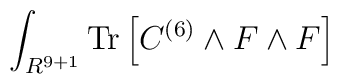
\int_{R^{9+1}}{\rm Tr}\left[C^{(6)}\wedge F\wedge F\right]